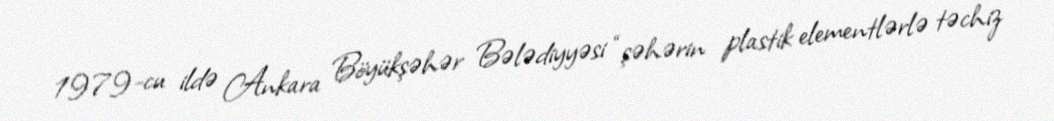
1979-cu ildə Ankara Böyükşəhər Bələdiyyəsi “şəhərin plastik elementlərlə təchiz